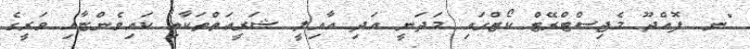
"ނ. ފޮއްދޫ މެޖިސްޓްރޭޓް ކޯޓްގައި މަދަނީ އަދި އާއިލީ ޝަރީޢަތްތަކާއި ކައިވެންޏާއި ވަރީގެ